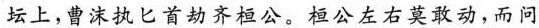
坛上，曹沫执匕首劫齐桓公。桓公左右莫敢动，而问